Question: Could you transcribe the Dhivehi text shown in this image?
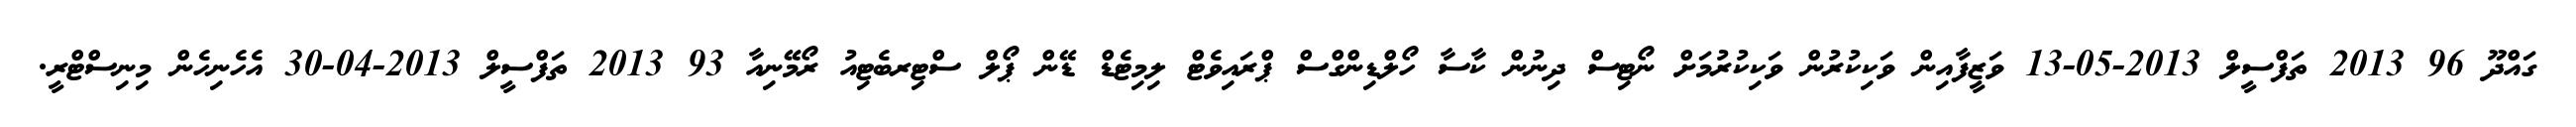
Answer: ގައްދޫ 96 2013 ތަފްސީލް 2013-05-13 ވަޒީފާއިން ވަކިކުރުން ވަކިކުރުމަށް ނޯޓިސް ދިނުން ކާސާ ހޯލްޑިންގްސް ޕްރައިވެޓް ލިމިޓެޑް ޑޭން ޕޯލް ސްޓިރބެޓިއު ރޯމޭނިއާ 93 2013 ތަފްސީލް 2013-04-30 އެހެނިހެން މިނިސްޓްރީ.